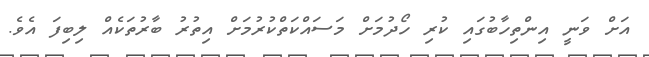
އަށް ވަނީ އިންތިހާބުގައި ކުރި ހޯދުމަށް މަސައްކަތްކުރުމަށް އިތުރު ބާރުތަކެއް ލިބިފަ އެވެ.